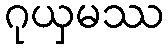
ဂုယှမဿ